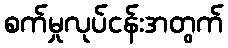
စက်မှုလုပ်ငန်းအတွက်